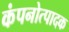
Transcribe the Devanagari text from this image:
कंपनोत्पादक